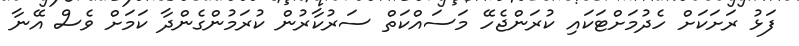
ފަޅު ރަށަކަށް ހެދުމަށްޓަކައި ކުރަންޖެހޭ މަސައްކަތް ސަރުކާރުން ކުރަމުންގެންދާ ކަމަށް ވެސް އޭނާ